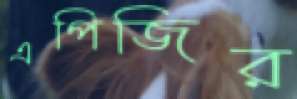
এপিজির